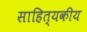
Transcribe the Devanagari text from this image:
साहित्यकीय